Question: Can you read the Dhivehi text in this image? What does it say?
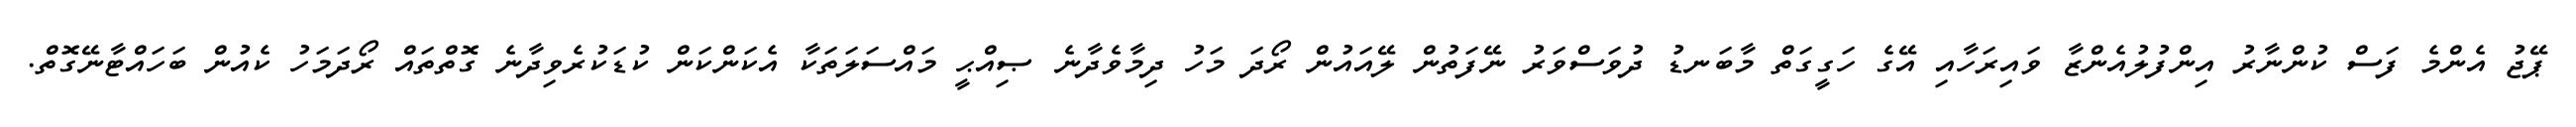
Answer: ޕޭޖު އެންމެ ފަސް ކުންނާރު އިންފުލުއެންޒާ ވައިރަހާއި އޭގެ ހަގީގަތް މާބަނޑު ދުވަސްވަރު ނޭފަތުން ލޭއައުން ރޯދަ މަހު ދިމާވެދާނެ ޞިއްޙީ މައްސަލަތަކާ އެކަންކަން ކުޑަކުރެވިދާނެ ގޮތްތައް ރޯދަމަހު ކެއުން ބަހައްޓާނޭގޮތް.